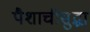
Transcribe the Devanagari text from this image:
पैशाचीसुद्धा